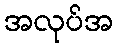
အလုပ်အ